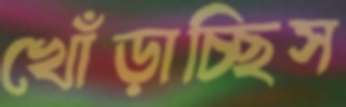
খোঁড়াচ্ছিস